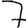
Digit: 7